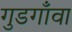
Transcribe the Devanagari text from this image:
गुडगाँवा